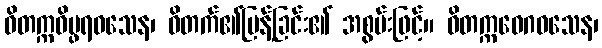
ဝိတက္ကဝိပ္ဖရဝသေန၊ ဝိတက်၏ပြန့်ခြင်း၏ အစွမ်းဖြင့်။ ဝိတက္ကဝေဂဝသေန၊